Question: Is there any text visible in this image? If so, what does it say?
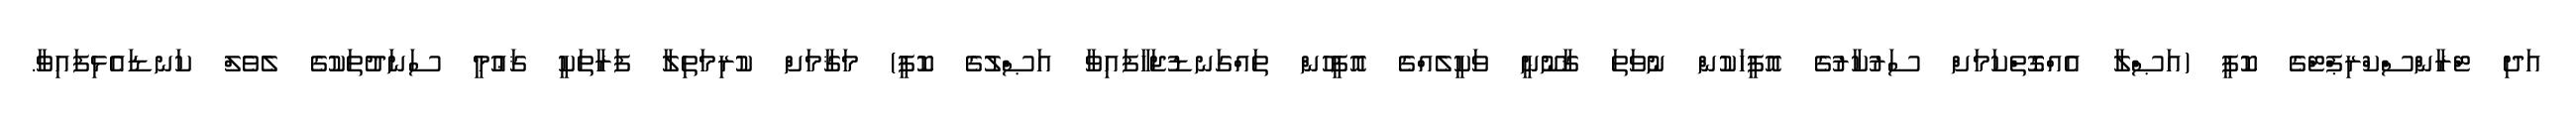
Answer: އަދި ޓްރާންސްކްރިޕްޓްގެ ކޮޕީ (އަޞްލާ އެއްގޮތްކަމަށް ސަރުކާރުގެ އޮފީހަކުން ނުވަތަ ޤާނޫނީ ވަކީލެއްގެ އޮފީހުން ތައްގަނޑުޖަހާފައިވާ އަޞްލުގެ ކޮޕީ) މަޤާމަށް ކުރިމަތިލާ ފަރާތަކީ ޤަޢުމީ ސަނަދުތަކުގެ ލެވެލް ކަނޑައެޅިފައިވާ.